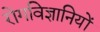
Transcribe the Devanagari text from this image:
रोगविज्ञानियों